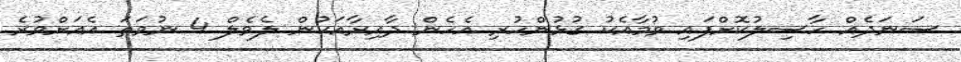
ސަނަދެއް ހާސިލުކޮށްފައި ވުމާއެކު ގުޅުންހުރި އެހެން ދާއިރާއަކުން ލެވެލް 4 ނުވަތަ އެއަށްވުރެ